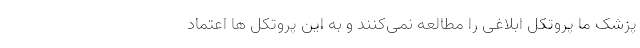
پزشک ما پروتکل ابلاغی را مطالعه نمی‌کنند و به این پروتکل ها اعتماد